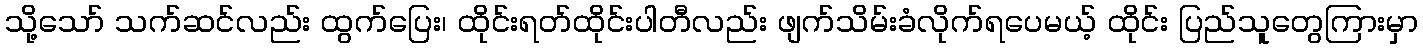
သို့သော် သက်ဆင်လည်း ထွက်ပြေး၊ ထိုင်းရတ်ထိုင်းပါတီလည်း ဖျက်သိမ်းခံလိုက်ရပေမယ့် ထိုင်း ပြည်သူတွေကြားမှာ